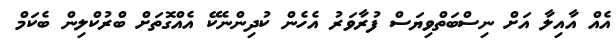
އެއް އާއިލާ އަށް ނިސްބަތްވިޔަސް ފުރާވަރު އެހެން ކުދިންނެކޭ އެއްގޮތަށް ބްރުކްލިން ބެކަމް